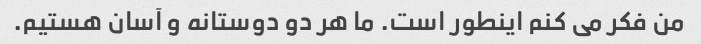
من فکر می کنم اینطور است. ما هر دو دوستانه و آسان هستیم.